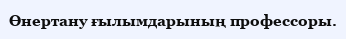
Өнертану ғылымдарының профессоры.